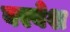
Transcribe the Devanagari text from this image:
वरवेश